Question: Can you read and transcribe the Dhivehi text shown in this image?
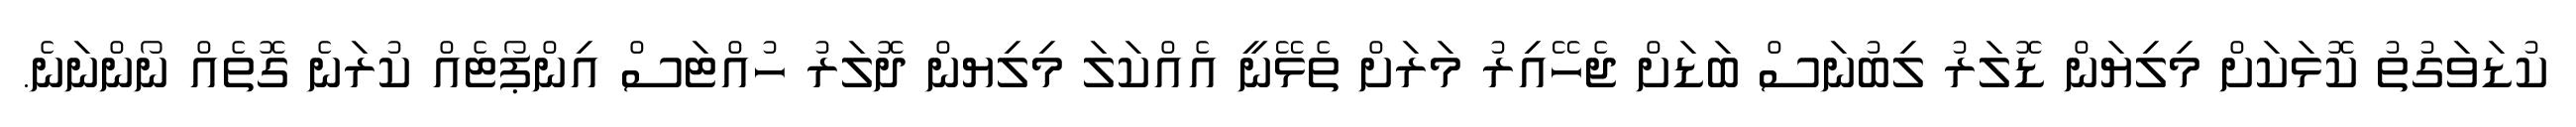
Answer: ކުޑަވަގުތު ކޮޅަކަށް މިލިޔަން ޑޮލަރު ލިބުނަސް ބަޑަށް ޖެހޭއިރު މަރަށް ތެޅޭނީ އެއްކަލަ މިލިޔން ދޮލަރު ހުއްޓަސް އިންޕޯޓެއް ކުރަނެ ގޮތެއް ނޯންނަނެ.